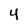
Character: 4